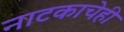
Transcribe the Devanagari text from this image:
नाटकाचेही